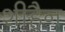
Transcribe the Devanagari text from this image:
शीहैन